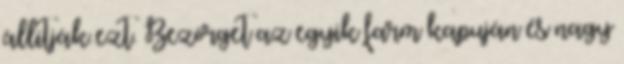
állitják ezt. Bezörget az egyik farm kapuján és nagy